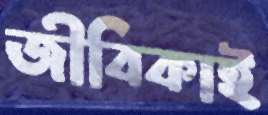
জীবিকাই